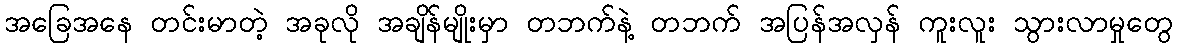
အခြေအနေ တင်းမာတဲ့ အခုလို အချိန်မျိုးမှာ တဘက်နဲ့ တဘက် အပြန်အလှန် ကူးလူး သွားလာမှုတွေ